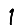
Digit: 1